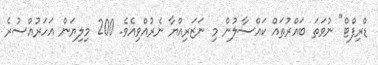
ޑްރިފްޓް" ނުވަތަ ބައްރުތައް ކައްސާލުން މި ނަޒަރިއްޔާ ނެރުއްވިއެވެ. 200 މިލިޔަން އަހަރުއްސުރެ